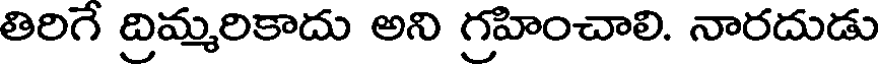
తిరిగే ద్రిమ్మరికాదు అని గ్రహించాలి. నారదుడు